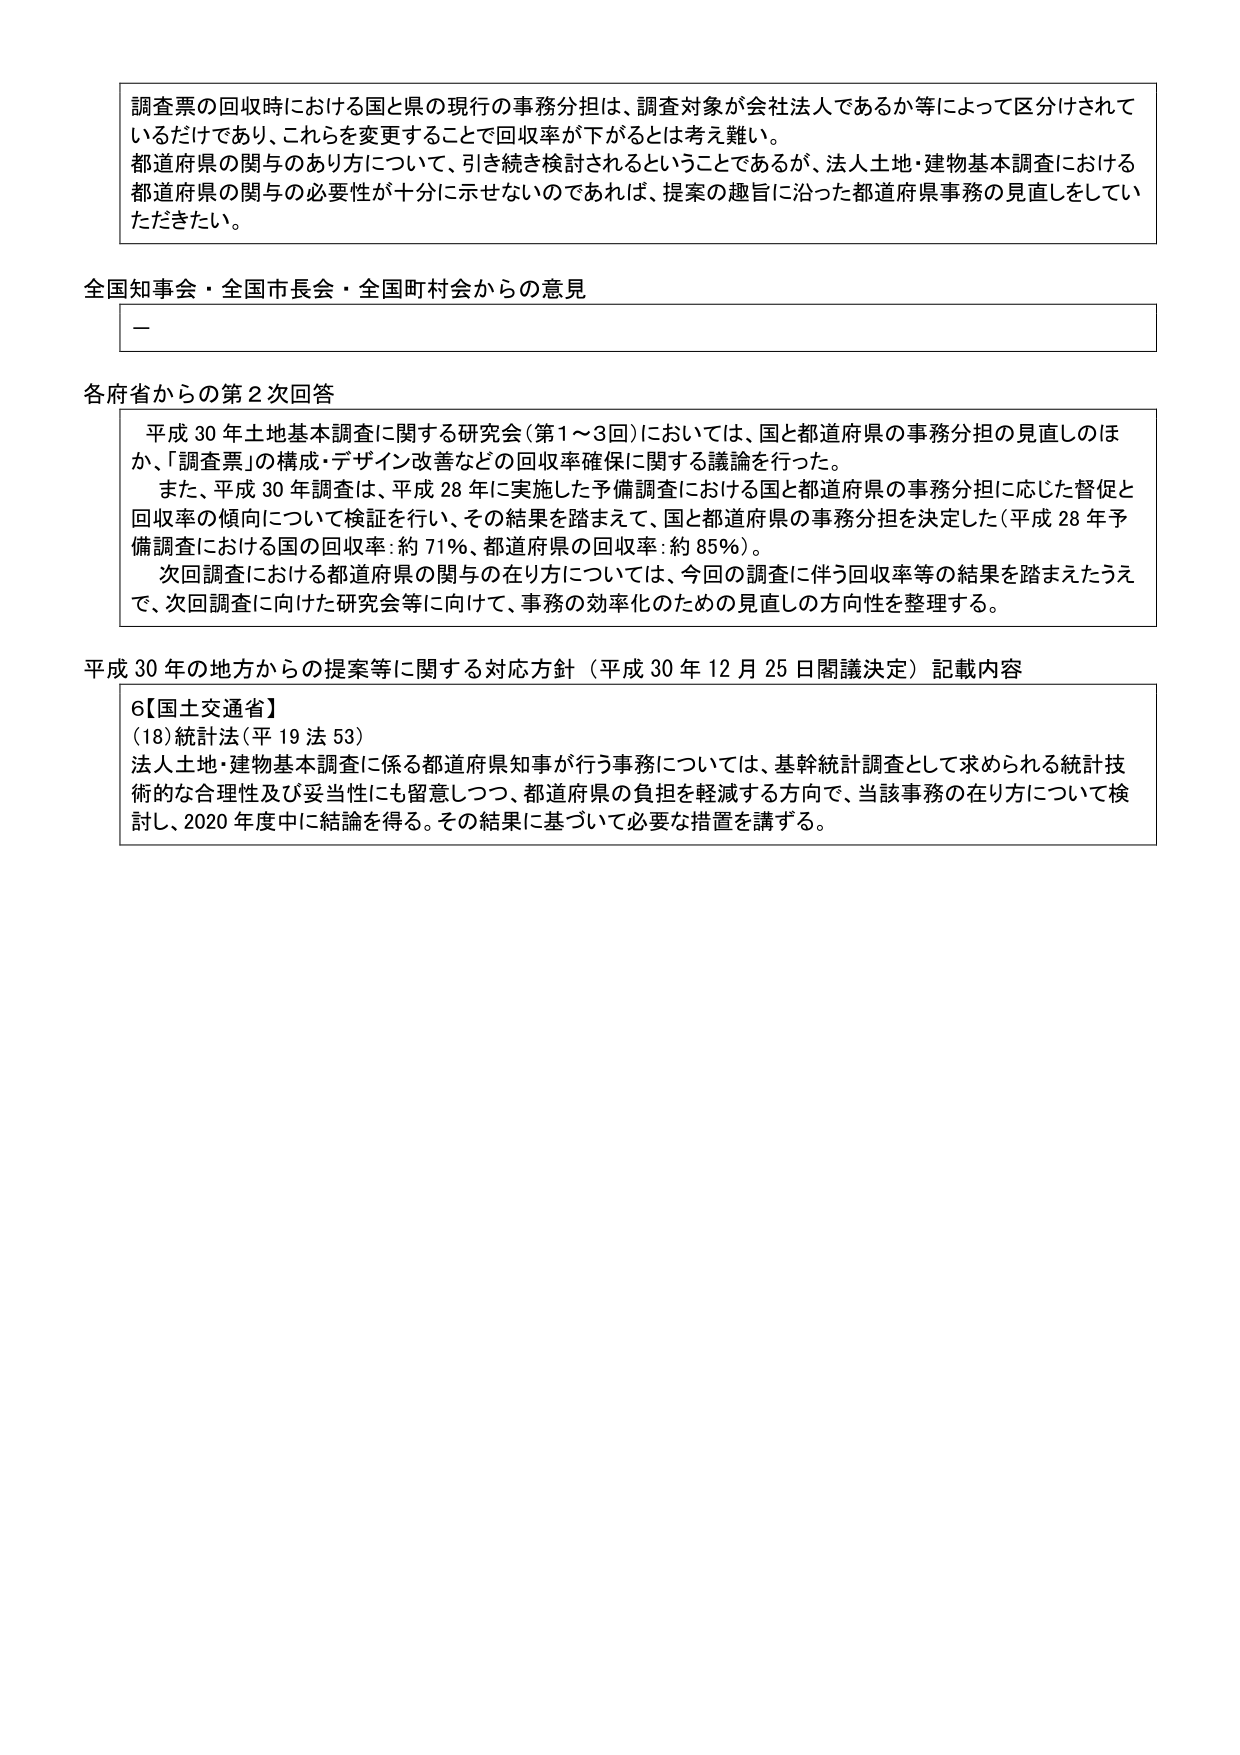
調査票の回収時における国と県の現行の事務分担は、調査対象が会社法人であるか等によって区分けされているだけであり、これを変更することで回収率が下がるとは考え難い。
都道府県の関与のあり方について、引き続き検討されるということであるが、法人土地・建物基本調査における都道府県の関与の必要性が十分に示せないのであれば、提案の趣旨に沿った都道府県事務の見直しをしていただきたい。

全国知事会・全国市長会・全国町村会からの意見
－

各府省からの第2次回答
平成30年土地基本調査に関する研究会（第1～3回）においては、国と都道府県の事務分担の見直しのほか、「調査票」の構成・デザイン改善などの回収率確保に関する議論を行った。
また、平成30年調査は、平成28年に実施した予備調査における国と都道府県の事務分担に応じた督促と回収率の傾向について検証を行い、その結果を踏まえて、国と都道府県の事務分担を決定した（平成28年予備調査における国の回収率：約71％、都道府県の回収率：約85％）。
次回調査における都道府県の関与の在り方については、今回の調査に伴う回収率等の結果を踏まえたうえで、次回調査に向けた研究会等に向けて、事務の効率化のための見直しの方向性を整理する。

平成30年の地方からの提案等に関する対応方針（平成30年12月25日閣議決定）記載内容
6【国土交通省】
(18)統計法（平19法53）
法人土地・建物基本調査に係る都道府県知事が行う事務については、基幹統計調査として求められる統計技術的な合理性及び妥当性にも留意しつつ、都道府県の負担を軽減する方向で、当該事務の在り方について検討し、2020年度中に結論を得る。その結果に基づいて必要な措置を講ずる。